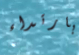
بارتداء